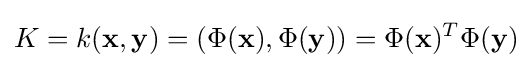
K=k(\mathbf {x} ,\mathbf {y} )=(\Phi (\mathbf {x} ),\Phi (\mathbf {y} ))=\Phi (\mathbf {x} )^{T}\Phi (\mathbf {y} )